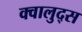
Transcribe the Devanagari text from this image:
क्वालुद्स